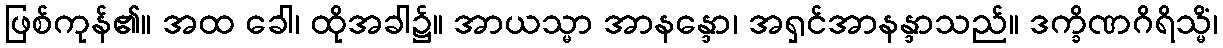
ဖြစ်ကုန်၏။ အထ ခေါ၊ ထိုအခါ၌။ အာယသ္မာ အာနန္ဒော၊ အရှင်အာနန္ဒာသည်။ ဒက္ခိဏဂိရိသ္မိံ၊